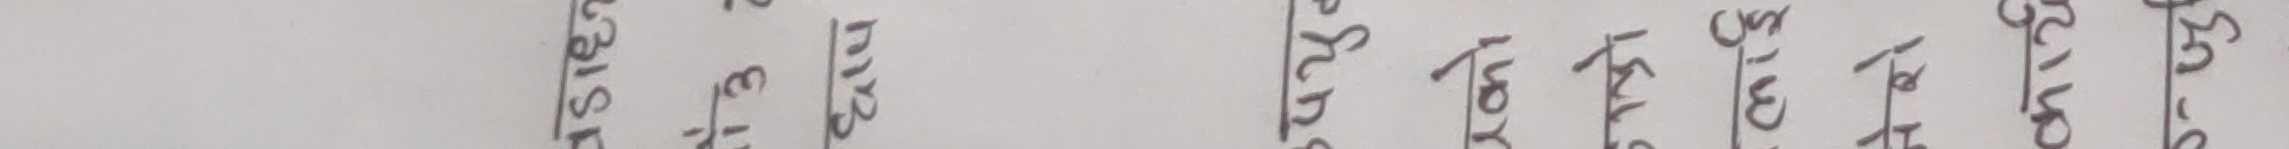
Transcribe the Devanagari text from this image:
२०७९/०५/३१ गते बुधबार